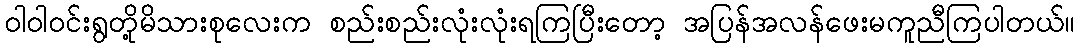
ဝါဝါဝင်းရွတို့မိသားစုလေးက စည်းစည်းလုံးလုံးရကြပြီးတော့ အပြန်အလန်ဖေးမကူညီကြပါတယ်။